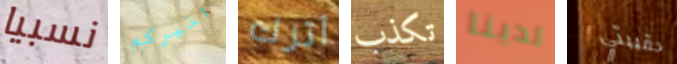
نسبيا اخبركم أترك تكذب لدينا حقيبتي